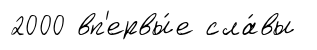
2000 вп'ервы́е сла́вы